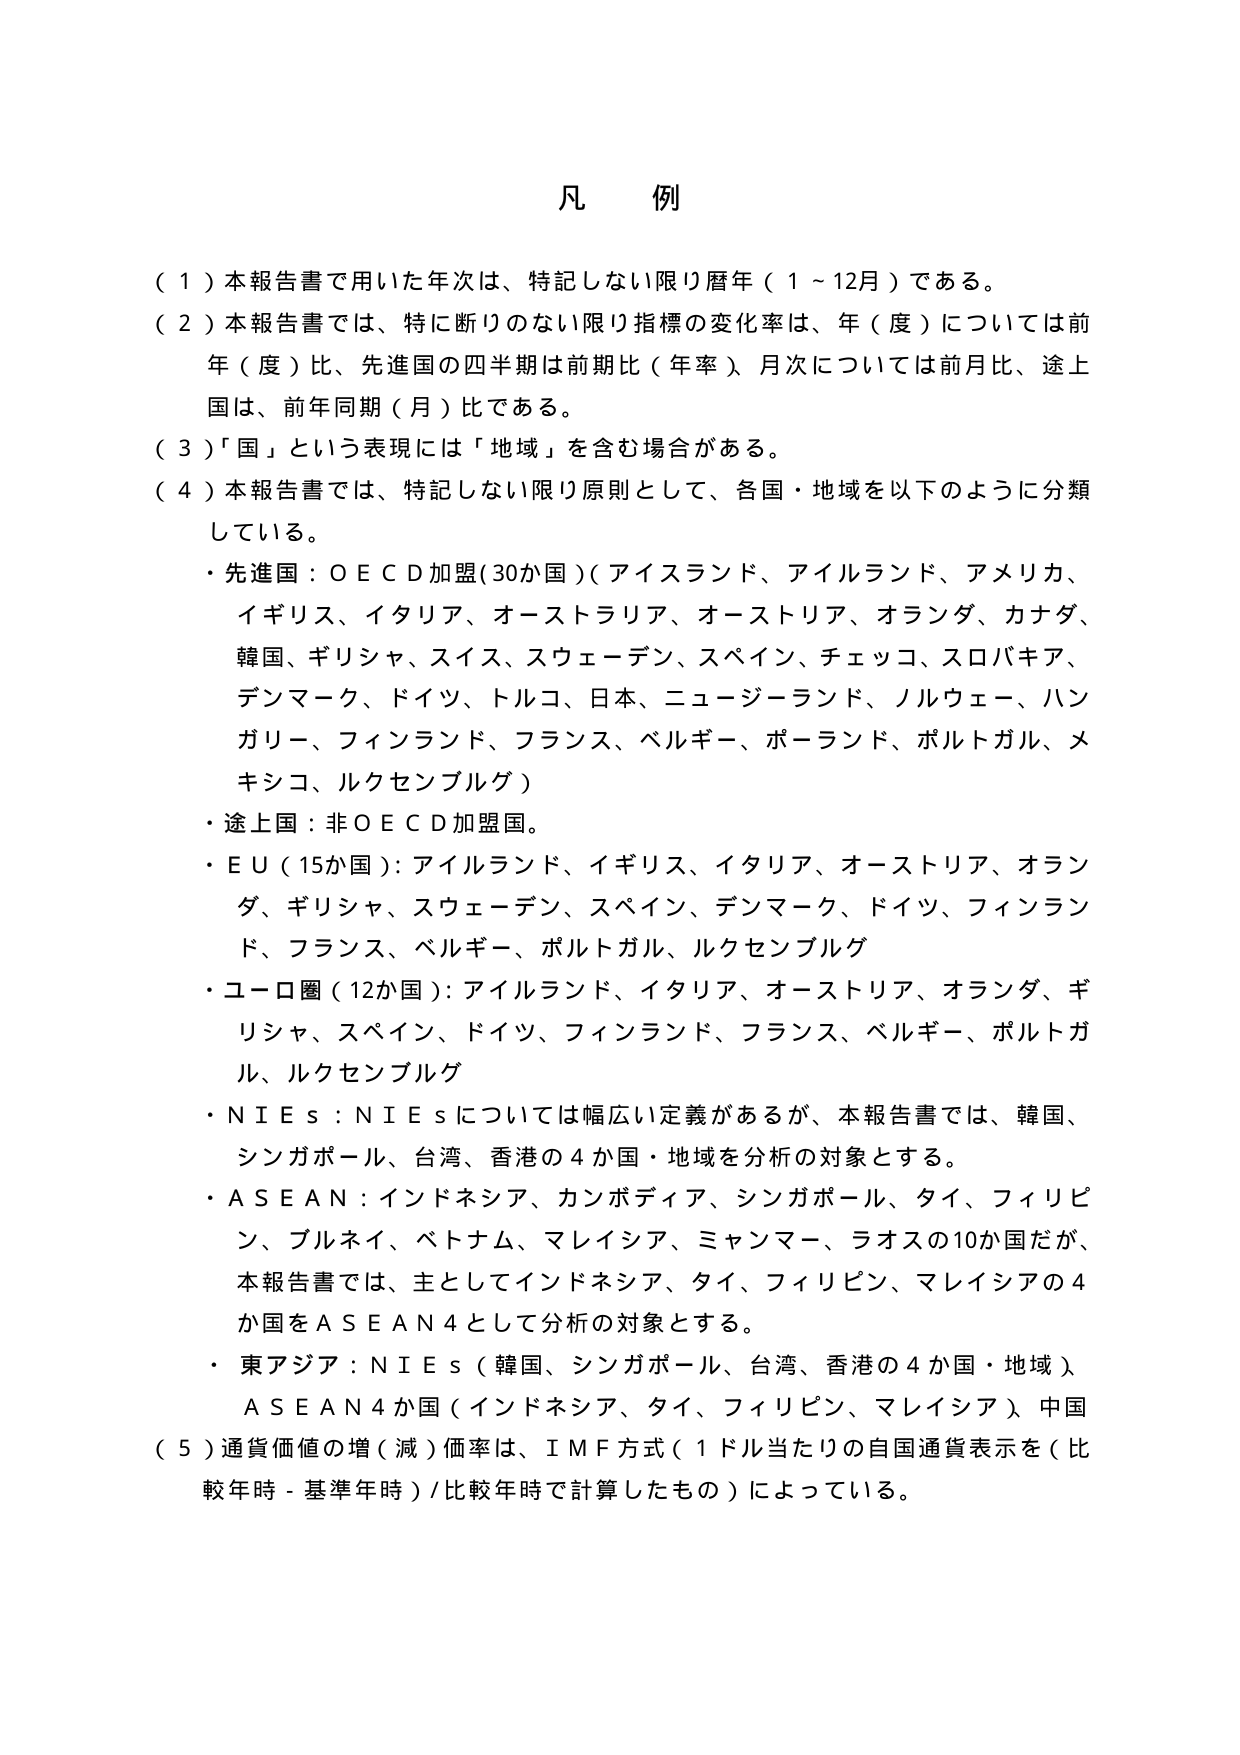
凡例

（１）本報告書で用いた年次は、特記しない限り暦年（１～12月）である。

（２）本報告書では、特に断りのない限り指標の変化率は、年（度）については前年（度）比、先進国の四半期は前期比（年率）、月次については前月比、途上国は、前年同期（月）比である。

（３）「国」という表現には「地域」を含む場合がある。

（４）本報告書では、特記しない限り原則として、各国・地域を以下のように分類している。

・先進国：ＯＥＣＤ加盟（30か国）（アイスランド、アイルランド、アメリカ、イギリス、イタリア、オーストラリア、オーストリア、オランダ、カナダ、韓国、ギリシャ、スイス、スウェーデン、スペイン、チェコ、スロバキア、デンマーク、ドイツ、トルコ、日本、ニュージーランド、ノルウェー、ハンガリー、フィンランド、フランス、ベルギー、ポーランド、ポルトガル、メキシコ、ルクセンブルグ）

・途上国：非ＯＥＣＤ加盟国。

・ＥＵ（15か国）：アイルランド、イギリス、イタリア、オーストリア、オランダ、ギリシャ、スウェーデン、スペイン、デンマーク、ドイツ、フィンランド、フランス、ベルギー、ポルトガル、ルクセンブルグ

・ユーロ圏（12か国）：アイルランド、イタリア、オーストリア、オランダ、ギリシャ、スペイン、ドイツ、フィンランド、フランス、ベルギー、ポルトガル、ルクセンブルグ

・ＮＩＥｓ：ＮＩＥｓについては幅広い定義があるが、本報告書では、韓国、シンガポール、台湾、香港の４か国・地域を分析の対象とする。

・ＡＳＥＡＮ：インドネシア、カンボディア、シンガポール、タイ、フィリピン、ブルネイ、ベトナム、マレイシア、ミャンマー、ラオスの10か国だが、本報告書では、主としてインドネシア、タイ、フィリピン、マレイシアの４か国をＡＳＥＡＮ４として分析の対象とする。

・東アジア：ＮＩＥｓ（韓国、シンガポール、台湾、香港の４か国・地域）、ＡＳＥＡＮ４か国（インドネシア、タイ、フィリピン、マレイシア）、中国

（５）通貨価値の増（減）価率は、ＩＭＦ方式（１ドル当たりの自国通貨表示を（比較年時－基準年時）／比較年時で計算したもの）によっている。